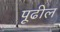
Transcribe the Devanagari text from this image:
पूढील